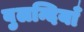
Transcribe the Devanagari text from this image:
बुलन्दियाँ